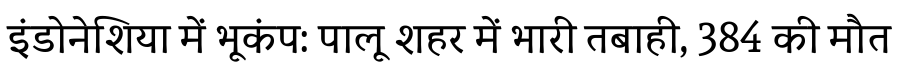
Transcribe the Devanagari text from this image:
इंडोनेशिया में भूकंप: पालू शहर में भारी तबाही, 384 की मौत